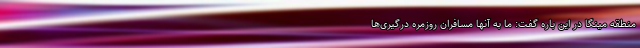
منطقه مینگا در این باره گفت: ما به آنها مسافران روزمره درگیری‌‌ها